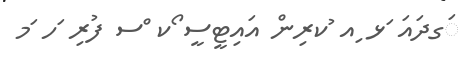
ަގދައަ ަޅ ިއ ުކރިން އައިޓީސީ ޯކ ްސ ފުރި ަހ ަމ